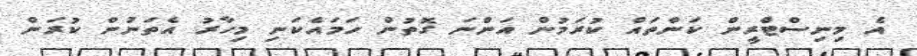
އެ މިނިސްޓްރީން ކަންތައް ކުރަމުން އަންނަ ގޮތުން ހަމައެކަނި މިހާރު އެތަނުން ކުރަން